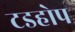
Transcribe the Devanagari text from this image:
टडहोप